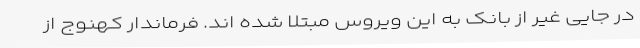
در جایی غیر از بانک به این ویروس مبتلا شده اند. فرماندار کهنوج از